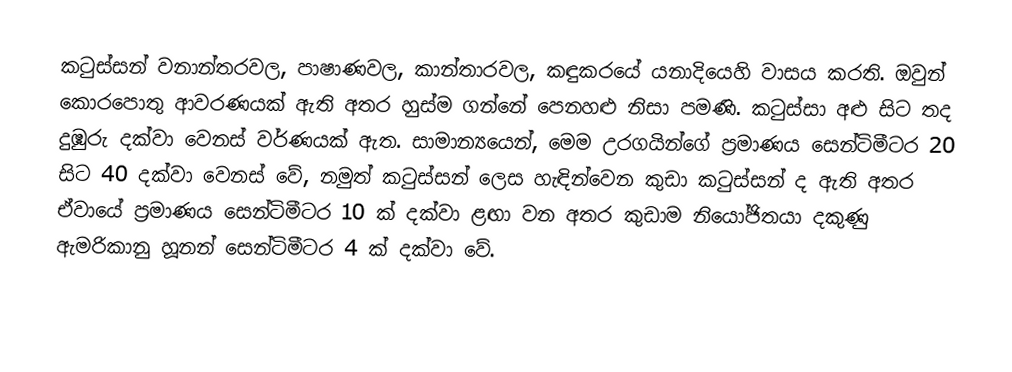
කටුස්සන් වනාන්තරවල, පාෂාණවල, කාන්තාරවල, කඳුකරයේ යනාදියෙහි වාසය කරති. ඔවුන් කොරපොතු ආවරණයක් ඇති අතර හුස්ම ගන්නේ පෙනහළු නිසා පමණි. කටුස්සා අළු සිට තද දුඹුරු දක්වා වෙනස් වර්ණයක් ඇත. සාමාන්‍යයෙන්, මෙම උරගයින්ගේ ප්‍රමාණය සෙන්ටිමීටර 20 සිට 40 දක්වා වෙනස් වේ, නමුත් කටුස්සන් ලෙස හැඳින්වෙන කුඩා කටුස්සන් ද ඇති අතර ඒවායේ ප්‍රමාණය සෙන්ටිමීටර 10 ක් දක්වා ළඟා වන අතර කුඩාම නියෝජිතයා දකුණු ඇමරිකානු හූනන් සෙන්ටිමීටර 4 ක් දක්වා වේ.